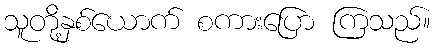
သူတို့နှစ်ယောက် စကားပြော ကြသည်။